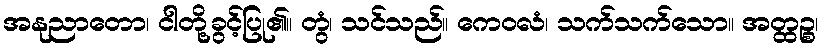
အနုညာတော၊ ငါတို့ခွင့်ပြု၏။ တွံ၊ သင်သည်။ ကေဝလံ၊ သက်သက်သော။ အတ္ထဉ္စ၊